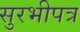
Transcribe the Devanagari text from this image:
सुरभीपत्र